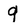
Character: q